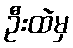
ဦးထဲမှ